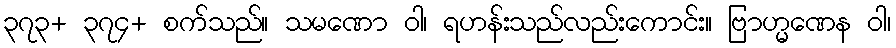
၃၇၃+ ၃၇၄+ စက်သည်။ သမဏော ဝါ၊ ရဟန်းသည်လည်းကောင်း။ ဗြာဟ္မဏေန ဝါ၊